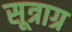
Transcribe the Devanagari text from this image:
सूत्राग्र